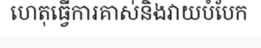
ហេតុធ្វើការគាស់និងវាយបំបែក